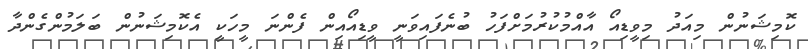
ކޮމިޝަނުން މިއަދު މިވީޑިއޯ އާއްމުކުރުމަށްފަހު ބުނެފައިވަނީ ވީޑިއޯއިން ފެންނަ މީހަކީ އެކޮމިޝަނުން ބަލަމުންގެންދާ